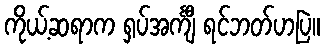
ကိုယ့်ဆရာက ရှပ်အင်္ကျီ ရင်ဘတ်ဟပြဲ။